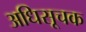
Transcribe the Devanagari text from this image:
अधिसूचक